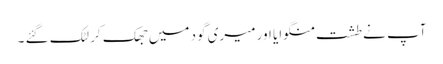
آپ نے طشت منگوایا اور میری گود میں جھک کر لٹک گئے ۔